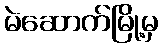
မဲဆောက်မြို့မှ